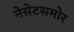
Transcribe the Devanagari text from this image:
नेसेटसमोर